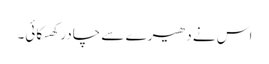
اس نے دھیرے سے چادر کھسکائی۔